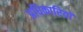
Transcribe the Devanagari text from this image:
अधिकारियॉ